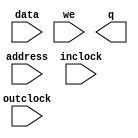
// megafunction wizard: %LPM_RAM_DQ%VBB%
// GENERATION: STANDARD
// VERSION: WM1.0
// MODULE: lpm_ram_dq 

// ============================================================
// Megafunction Name(s):
// 			lpm_ram_dq
//
// Simulation Library Files(s):
// 			lpm
// ============================================================
// ************************************************************
// THIS IS A WIZARD-GENERATED FILE. DO NOT EDIT THIS FILE!
//
// 8.1 Build 163 10/28/2008 SJ Full Version
// ************************************************************

//Copyright (C) 1991-2008 Altera Corporation
//Your use of Altera Corporation's design tools, logic functions 
//and other software and tools, and its AMPP partner logic 
//functions, and any output files from any of the foregoing 
//(including device programming or simulation files), and any 
//associated documentation or information are expressly subject 
//to the terms and conditions of the Altera Program License 
//Subscription Agreement, Altera MegaCore Function License 
//Agreement, or other applicable license agreement, including, 
//without limitation, that your use is for the sole purpose of 
//programming logic devices manufactured by Altera and sold by 
//Altera or its authorized distributors.  Please refer to the 
//applicable agreement for further details.

module lpm_ram_dq1 (
	address,
	data,
	inclock,
	outclock,
	we,
	q);

	input	[6:0]  address;
	input	[7:0]  data;
	input	  inclock;
	input	  outclock;
	input	  we;
	output	[7:0]  q;

endmodule

// ============================================================
// CNX file retrieval info
// ============================================================
// Retrieval info: PRIVATE: ADDRESSSTALL_A NUMERIC "0"
// Retrieval info: PRIVATE: AclrAddr NUMERIC "0"
// Retrieval info: PRIVATE: AclrByte NUMERIC "0"
// Retrieval info: PRIVATE: AclrData NUMERIC "0"
// Retrieval info: PRIVATE: AclrOutput NUMERIC "0"
// Retrieval info: PRIVATE: BYTE_ENABLE NUMERIC "0"
// Retrieval info: PRIVATE: BYTE_SIZE NUMERIC "8"
// Retrieval info: PRIVATE: BlankMemory NUMERIC "0"
// Retrieval info: PRIVATE: CLOCK_ENABLE_INPUT_A NUMERIC "0"
// Retrieval info: PRIVATE: CLOCK_ENABLE_OUTPUT_A NUMERIC "0"
// Retrieval info: PRIVATE: Clken NUMERIC "0"
// Retrieval info: PRIVATE: DataBusSeparated NUMERIC "1"
// Retrieval info: PRIVATE: IMPLEMENT_IN_LES NUMERIC "0"
// Retrieval info: PRIVATE: INIT_FILE_LAYOUT STRING "PORT_A"
// Retrieval info: PRIVATE: INIT_TO_SIM_X NUMERIC "0"
// Retrieval info: PRIVATE: INTENDED_DEVICE_FAMILY STRING "FLEX10K"
// Retrieval info: PRIVATE: JTAG_ENABLED NUMERIC "0"
// Retrieval info: PRIVATE: JTAG_ID STRING "NONE"
// Retrieval info: PRIVATE: MAXIMUM_DEPTH NUMERIC "0"
// Retrieval info: PRIVATE: MIFfilename STRING "LOW.mif"
// Retrieval info: PRIVATE: NUMWORDS_A NUMERIC "128"
// Retrieval info: PRIVATE: OutputRegistered NUMERIC "1"
// Retrieval info: PRIVATE: RAM_BLOCK_TYPE NUMERIC "0"
// Retrieval info: PRIVATE: READ_DURING_WRITE_MODE_PORT_A NUMERIC "3"
// Retrieval info: PRIVATE: RegAdd NUMERIC "1"
// Retrieval info: PRIVATE: RegAddr NUMERIC "1"
// Retrieval info: PRIVATE: RegData NUMERIC "1"
// Retrieval info: PRIVATE: RegOutput NUMERIC "1"
// Retrieval info: PRIVATE: SYNTH_WRAPPER_GEN_POSTFIX STRING "0"
// Retrieval info: PRIVATE: SingleClock NUMERIC "1"
// Retrieval info: PRIVATE: UseDQRAM NUMERIC "0"
// Retrieval info: PRIVATE: WRCONTROL_ACLR_A NUMERIC "0"
// Retrieval info: PRIVATE: WidthAddr NUMERIC "7"
// Retrieval info: PRIVATE: WidthData NUMERIC "8"
// Retrieval info: PRIVATE: rden NUMERIC "0"
// Retrieval info: CONSTANT: INTENDED_DEVICE_FAMILY STRING "FLEX10K"
// Retrieval info: CONSTANT: LPM_ADDRESS_CONTROL STRING "REGISTERED"
// Retrieval info: CONSTANT: LPM_FILE STRING "LOW.mif"
// Retrieval info: CONSTANT: LPM_INDATA STRING "REGISTERED"
// Retrieval info: CONSTANT: LPM_OUTDATA STRING "REGISTERED"
// Retrieval info: CONSTANT: LPM_TYPE STRING "LPM_RAM_DQ"
// Retrieval info: CONSTANT: LPM_WIDTH NUMERIC "8"
// Retrieval info: CONSTANT: LPM_WIDTHAD NUMERIC "7"
// Retrieval info: USED_PORT: address 0 0 7 0 INPUT NODEFVAL address[6..0]
// Retrieval info: USED_PORT: data 0 0 8 0 INPUT NODEFVAL data[7..0]
// Retrieval info: USED_PORT: inclock 0 0 0 0 INPUT NODEFVAL inclock
// Retrieval info: USED_PORT: outclock 0 0 0 0 INPUT NODEFVAL outclock
// Retrieval info: USED_PORT: q 0 0 8 0 OUTPUT NODEFVAL q[7..0]
// Retrieval info: USED_PORT: we 0 0 0 0 INPUT VCC we
// Retrieval info: CONNECT: @address 0 0 7 0 address 0 0 7 0
// Retrieval info: CONNECT: @we 0 0 0 0 we 0 0 0 0
// Retrieval info: CONNECT: q 0 0 8 0 @q 0 0 8 0
// Retrieval info: CONNECT: @inclock 0 0 0 0 inclock 0 0 0 0
// Retrieval info: CONNECT: @outclock 0 0 0 0 outclock 0 0 0 0
// Retrieval info: CONNECT: @data 0 0 8 0 data 0 0 8 0
// Retrieval info: LIBRARY: lpm lpm.lpm_components.all
// Retrieval info: GEN_FILE: TYPE_NORMAL lpm_ram_dq1.v TRUE
// Retrieval info: GEN_FILE: TYPE_NORMAL lpm_ram_dq1.inc FALSE
// Retrieval info: GEN_FILE: TYPE_NORMAL lpm_ram_dq1.cmp FALSE
// Retrieval info: GEN_FILE: TYPE_NORMAL lpm_ram_dq1.bsf TRUE FALSE
// Retrieval info: GEN_FILE: TYPE_NORMAL lpm_ram_dq1_inst.v FALSE
// Retrieval info: GEN_FILE: TYPE_NORMAL lpm_ram_dq1_bb.v TRUE
// Retrieval info: LIB_FILE: lpm